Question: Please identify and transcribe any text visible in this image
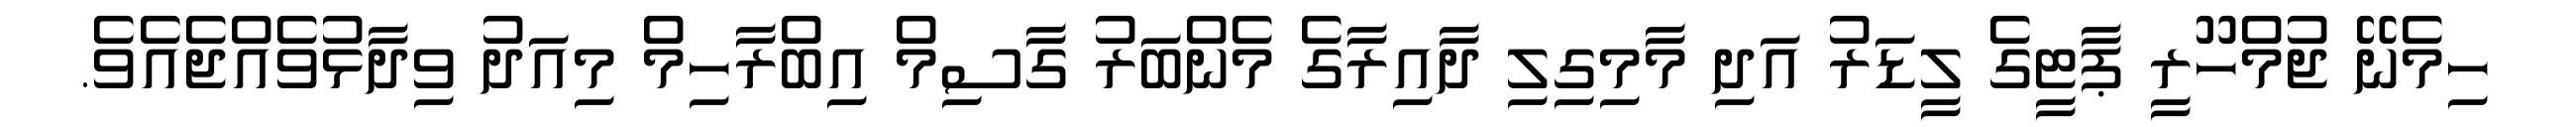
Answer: ހިމެނޭ ޖުމްހޫރީ ޕާޓީގެ ލީޑަރު އަދި މާމިގިލި ދާއިރާގެ މެންބަރު ގާސިމް އިބްރާހިމް މިއަދު ވިދާޅުވެއްޖެއެވެ.